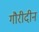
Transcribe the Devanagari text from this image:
गौरीदीन